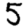
Digit: 5